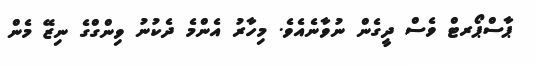
ޕާސްޕޯރޓް ވެސް ދީގެން ނުވާނެެެއެވެ. މިހާރު އެންމެ ދެކުނު ވިންގްގެ ނިޒޭ މެން